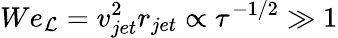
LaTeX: We_{\mathcal{L}}=v_{jet}^{2}r_{jet}\propto\tau^{-1/2}\gg1